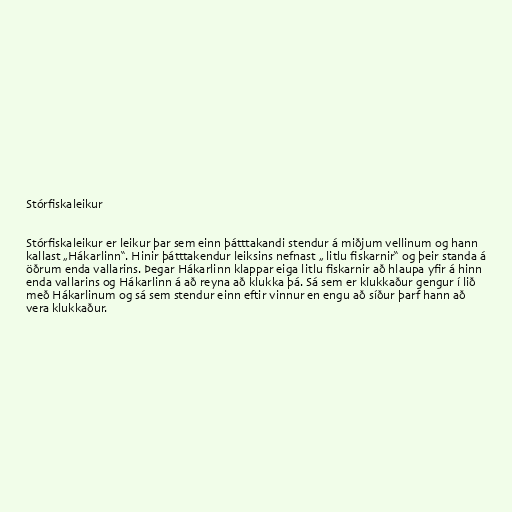
Stórfiskaleikur

Stórfiskaleikur er leikur þar sem einn þátttakandi stendur á miðjum vellinum og hann
kallast „Hákarlinn“. Hinir þátttakendur leiksins nefnast „ litlu fiskarnir“ og þeir standa á
öðrum enda vallarins. Þegar Hákarlinn klappar eiga litlu fiskarnir að hlaupa yfir á hinn
enda vallarins og Hákarlinn á að reyna að klukka þá. Sá sem er klukkaður gengur í lið
með Hákarlinum og sá sem stendur einn eftir vinnur en engu að síður þarf hann að
vera klukkaður.